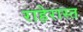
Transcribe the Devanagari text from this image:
राहेरास्त